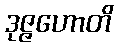
ဒုဇ္ဇဟောတိ